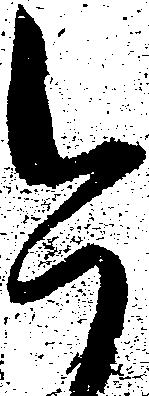
今